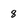
Character: 8